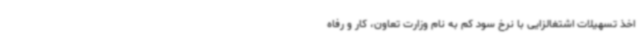
اخذ تسهیلات اشتغالزایی با نرخ سود کم به نام وزارت تعاون، کار و رفاه